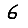
Digit: 6